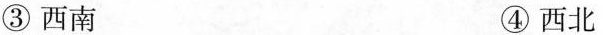
③西南 ④西北